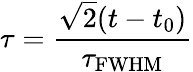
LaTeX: \tau=\frac{\sqrt{2}(t-t_{0})}{\tau_{\mathrm{FWHM}}}